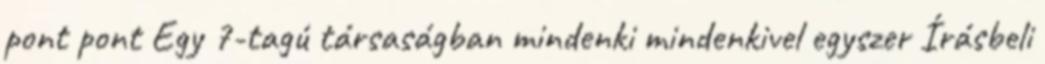
pont pont Egy 7-tagú társaságban mindenki mindenkivel egyszer Írásbeli